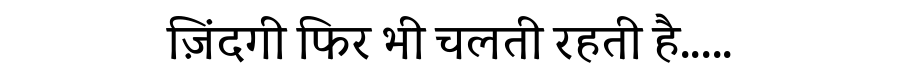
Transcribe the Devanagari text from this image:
ज़िंदगी फिर भी चलती रहती है.....